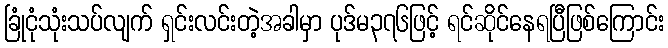
ခြုံငုံသုံးသပ်လျက် ရှင်းလင်းတဲ့အခါမှာ ပုဒ်မ၃၇၆ဖြင့် ရင်ဆိုင်နေရပြီဖြစ်ကြောင်း